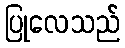
ပြုလေသည်